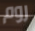
روم